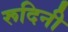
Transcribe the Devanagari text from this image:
रूदिनी